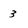
Character: 3